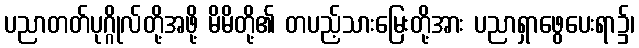
ပညာတတ်ပုဂ္ဂိုလ်တို့အဖို့ မိမိတို့၏ တပည့်သားမြေးတို့အား ပညာရှာဖွေပေးရာ၌၊